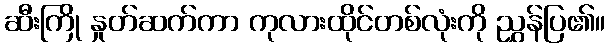
ဆီးကြို နှုတ်ဆက်ကာ ကုလားထိုင်တစ်လုံးကို ညွှန်ပြ၏။